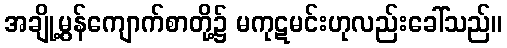
အချို့မွန်ကျောက်စာတို့၌ မကုဋမင်းဟုလည်းခေါ်သည်။